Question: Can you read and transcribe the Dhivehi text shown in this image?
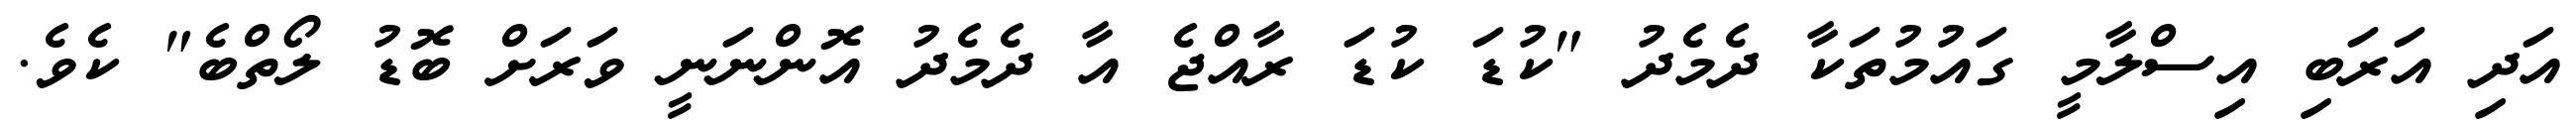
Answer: އަދި އަރަބި އިސްލާމީ ގައުމުތަކާ ދެމެދު "ކުޑަ ކުޑަ ރާއްޖެ އާ ދެމެދު އޮންނަނީ ވަރަށް ބޮޑު ލޯތްބެ" ކެވެ.